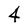
Character: 4